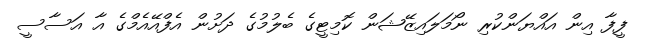
ފީފާ އިން އައްޔަންކުރި ނޯމަލައިޒޭޝަން ކޮމިޓީގެ ބެލުމުގެ ދަށުން އެފްއޭއެމްގެ އާ އަސާސީ